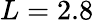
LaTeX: L=2.8